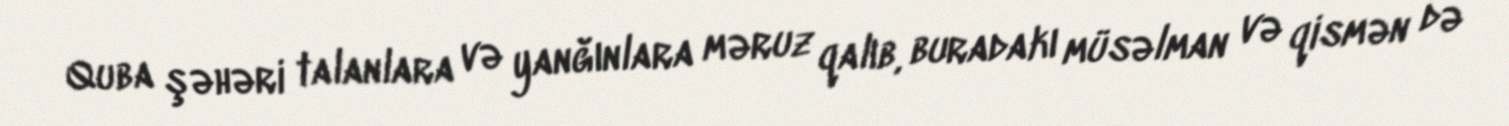
Quba şəhəri talanlara və yanğınlara məruz qalıb, buradakı müsəlman və qismən də